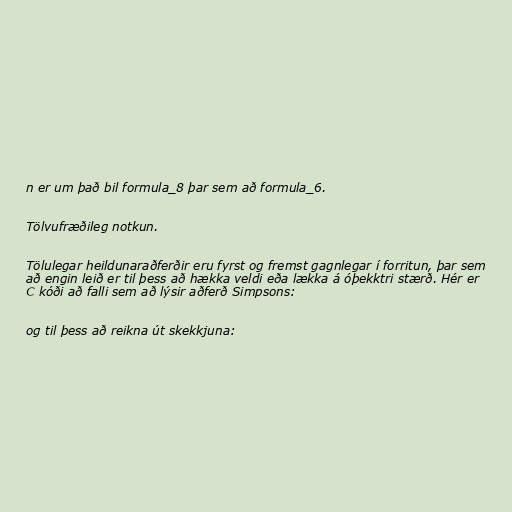
n er um það bil formula_8 þar sem að formula_6.

Tölvufræðileg notkun.

Tölulegar heildunaraðferðir eru fyrst og fremst gagnlegar í forritun, þar sem
að engin leið er til þess að hækka veldi eða lækka á óþekktri stærð. Hér er
C kóði að falli sem að lýsir aðferð Simpsons:

og til þess að reikna út skekkjuna: